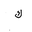
Letter: _kaf